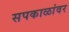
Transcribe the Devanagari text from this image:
सपकाळांवर